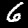
Label: 6